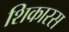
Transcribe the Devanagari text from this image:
शिकारस